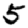
Digit: 5